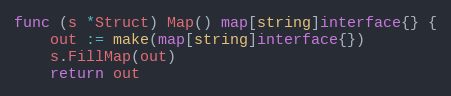
Language: Go
func (s *Struct) Map() map[string]interface{} {
	out := make(map[string]interface{})
	s.FillMap(out)
	return out